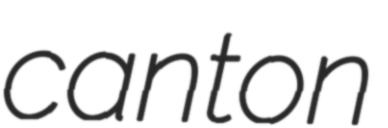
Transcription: canton